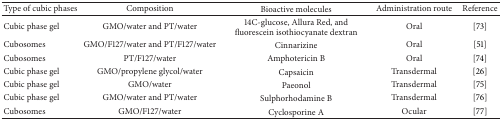
<table><thead><tr><td><b>Type of cubic phases </b></td><td><b>Composition</b></td><td><b>Bioactive molecules </b></td><td><b>Administration route </b></td><td><b>Reference </b></td></tr></thead><tbody><tr><td>Cubic phase gel</td><td>GMO/water and PT/water</td><td>14C-glucose, Allura Red, and fluorescein isothiocyanate dextran </td><td>Oral</td><td>[73]</td></tr><tr><td>Cubosomes</td><td>GMO/F127/water and PT/F127/water</td><td>Cinnarizine</td><td>Oral</td><td>[51]</td></tr><tr><td>Cubosomes</td><td>PT/F127/water</td><td>Amphotericin B</td><td>Oral</td><td>[74]</td></tr><tr><td>Cubic phase gel</td><td>GMO/propylene glycol/water</td><td>Capsaicin</td><td>Transdermal</td><td>[26] </td></tr><tr><td>Cubic phase gel</td><td>GMO/water</td><td>Paeonol</td><td>Transdermal</td><td>[75]</td></tr><tr><td>Cubic phase gel</td><td>GMO/water and PT/water</td><td>Sulphorhodamine B</td><td>Transdermal</td><td>[76] </td></tr><tr><td>Cubosomes</td><td>GMO/F127/water</td><td>Cyclosporine A</td><td>Ocular</td><td>[77]</td></tr></tbody></table>